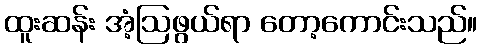
ထူးဆန်း အံ့ဩဖွယ်ရာ တော့ကောင်းသည်။